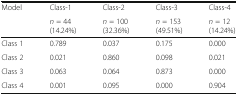
| <ROWSPAN=2> Model | Class-1 | Class-2 | Class-3 | Class-4 |
 | n = 44 (14.24%) | n = 100 (32.36%) | n = 153 (49.51%) | n = 12 (14.24%) |
 | --- | --- | --- | --- | --- |
 | Class 1 | 0.789 | 0.037 | 0.175 | 0.000 |
 | Class 2 | 0.021 | 0.860 | 0.098 | 0.021 |
 | Class 3 | 0.063 | 0.064 | 0.873 | 0.000 |
 | Class 4 | 0.001 | 0.095 | 0.000 | 0.904 |